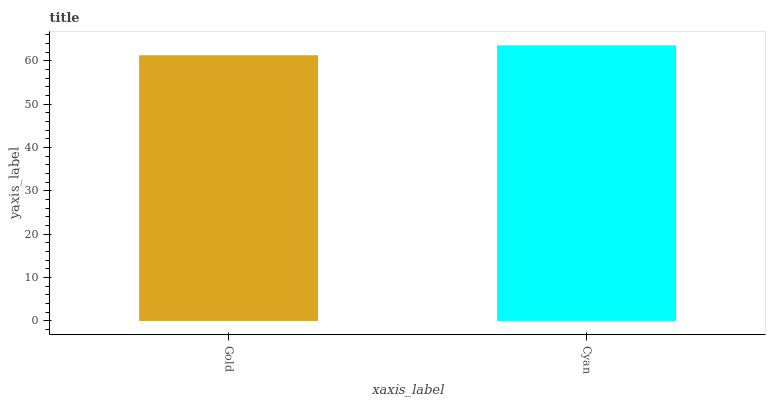
| xaxis_label | bars |
 | --- | --- |
 | Gold | 61.3 |
 | Cyan | 63.6 |